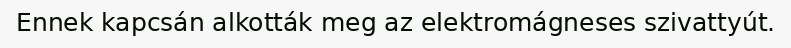
Ennek kapcsán alkották meg az elektromágneses szivattyút.